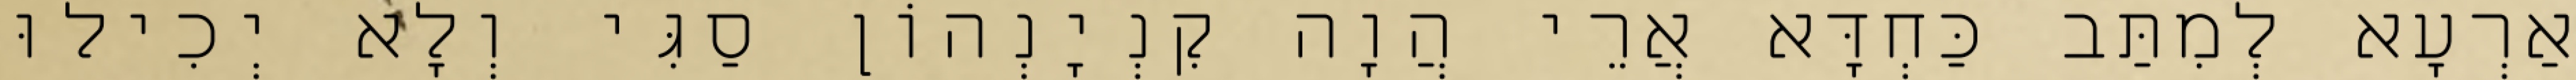
אַרְעָא לְמִתַּב כַּחְדָּא אֲרֵי הֲוָה קִנְיָנְהוֹן סַגִּי וְלָא יְכִילוּ